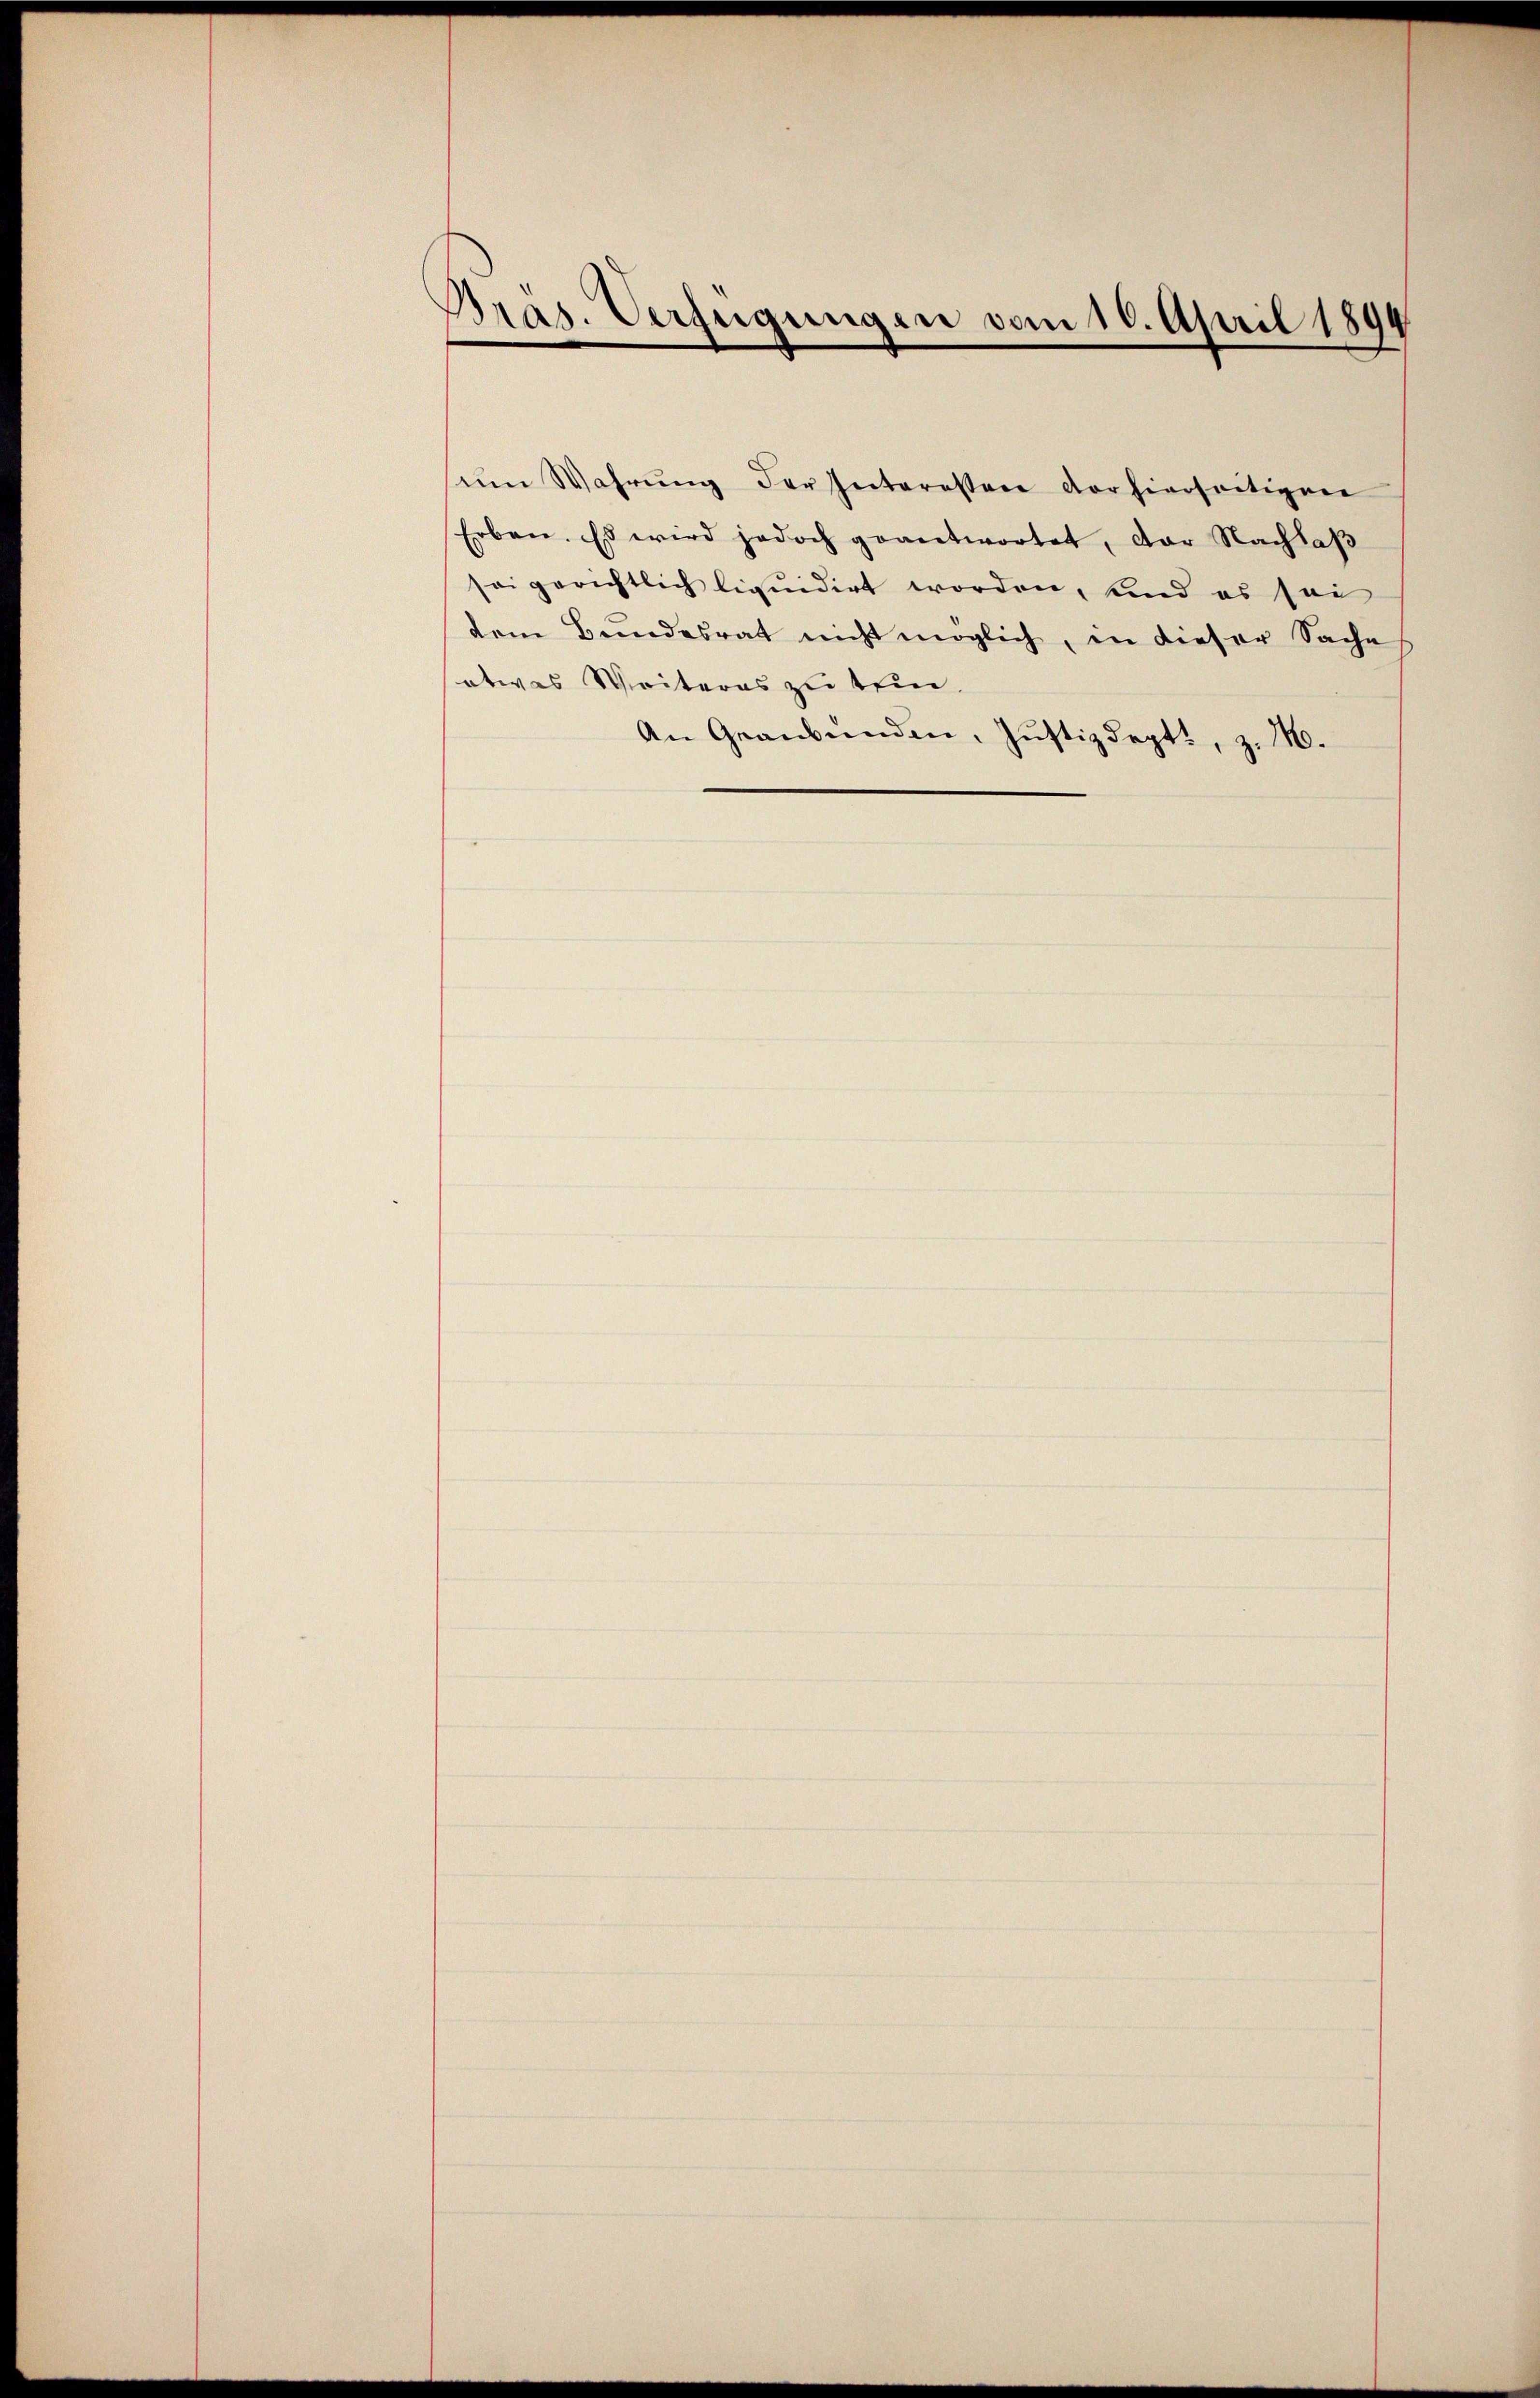
Bras. Verfügungen vom 10. April 1894

sein Wahrŭng der Interessere der hierseitigene
Erben. Es wird jedoch geantwortet, der Nachlaβ
sei gerichtlich liquidirt worden, und es sei
dem Bundesrat nicht möglich, in dieser Sache
etwas Weiteres zu tun.
An Graubünden, Justizdept., z. M.